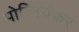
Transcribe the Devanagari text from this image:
पोन्नियंकर